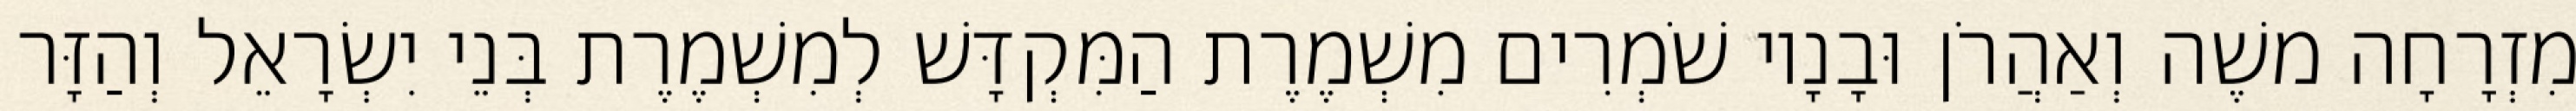
מִזְרָחָה משֶׁה וְאַהֲרֹן וּבָנָיו שֹׁמְרִים מִשְׁמֶרֶת הַמִּקְדָּשׁ לְמִשְׁמֶרֶת בְּנֵי יִשְׂרָאֵל וְהַזָּר